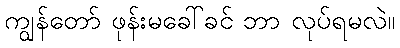
ကျွန်တော် ဖုန်းမခေါ်ခင် ဘာ လုပ်ရမလဲ။